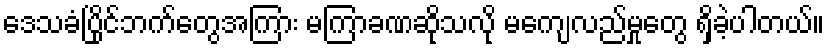
ဒေသခံပြိုင်ဘက်တွေအကြား မကြာခဏဆိုသလို မကျေလည်မှုတွေ ရှိခဲ့ပါတယ်။